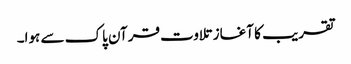
تقریب کا آغاز تلاوت قرآن پاک سے ہوا۔